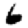
Digit: 6